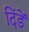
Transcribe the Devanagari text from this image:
दिंडें